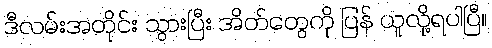
ဒီလမ်းအတိုင်း သွားပြီး အိတ်တွေကို ပြန် ယူလို့ရပါပြီ။